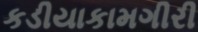
કડીયાકામગીરી